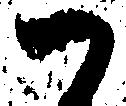
御